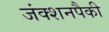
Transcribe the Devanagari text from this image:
जंक्शनपैकी